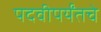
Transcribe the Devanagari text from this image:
पदवीपर्यंतचेे